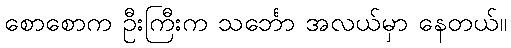
စောစောက ဦးကြီးက သင်္ဘော အလယ်မှာ နေတယ်။